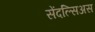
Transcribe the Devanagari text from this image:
सेंदल्सिअस